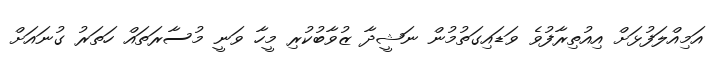
އަމިއްލަފުޅަށް އިއުތިރާފުވެ ވަޑައިގަތުމުން ނަޝީދާ ޒުވާބުކުރި މީހާ ވަނީ މުސާރަތައް ހަތަރު ގުނައަށް